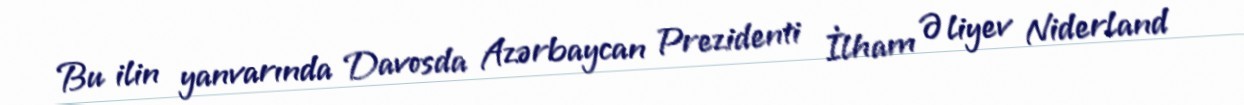
Bu ilin yanvarında Davosda Azərbaycan Prezidenti İlham Əliyev Niderland